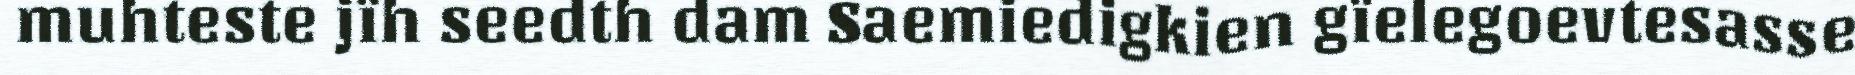
muhteste jïh seedth dam Saemiedigkien gïelegoevtesasse